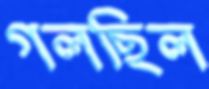
গলছিল